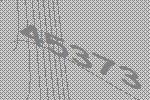
45373